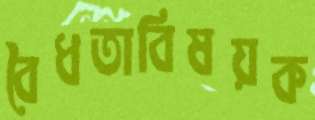
বৈধতাবিষয়ক